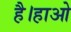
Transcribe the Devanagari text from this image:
है।हाओ